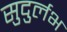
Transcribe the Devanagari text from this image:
सुदुर्लभ